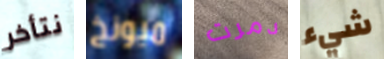
نتأخر ميونخ دمرت شيء